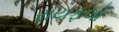
રાયફલો